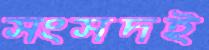
সংসদই